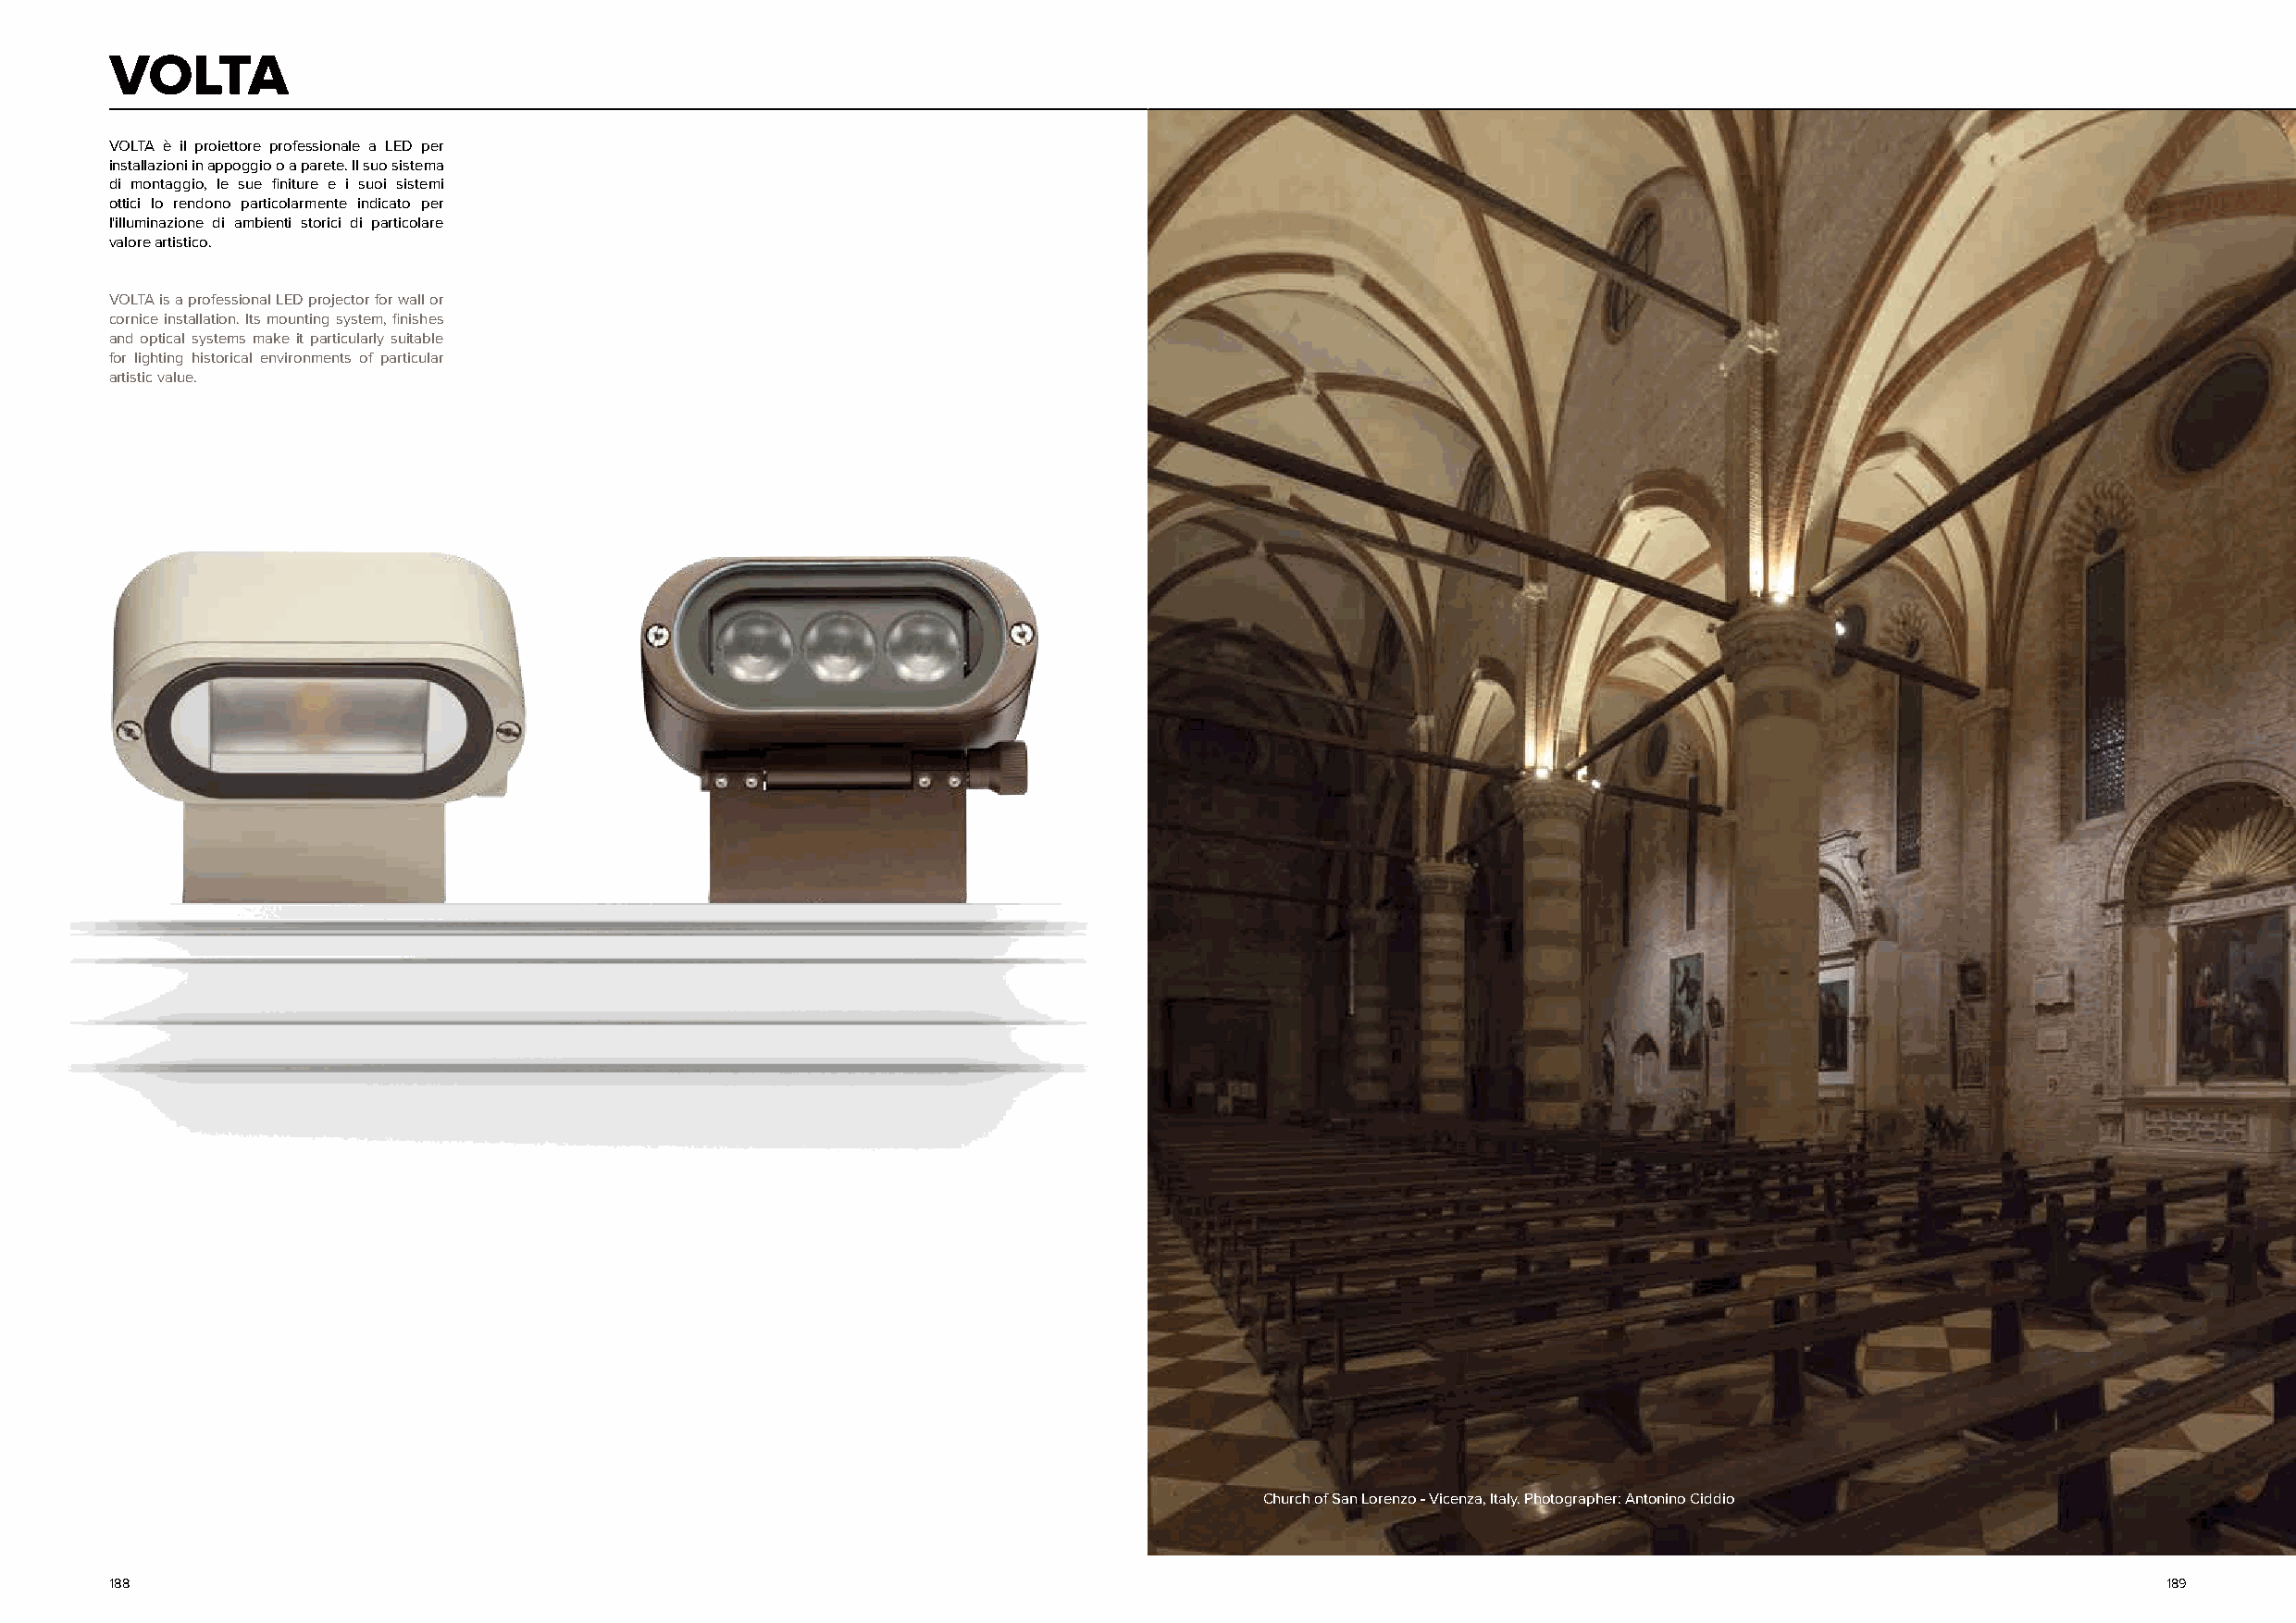
VOLTA
 VOLTA è il proiettore professionale a LED per
 installazioni in appoggio o a parete. Il suo sistema
 di montaggio, le sue finiture e i suoi sistemi
 ottici lo rendono particolarmente indicato per
 l'illuminazione di ambienti storici di particolare
 valore artistico.
 VOLTA is a professional LED projector for wall or
 cornice installation. Its mounting system, finishes
 and optical systems make it particularly suitable
 for lighting historical environments of particular
 artistic value.
 Church of San Lorenzo - Vicenza, Italy. Photographer: Antonino Ciddio
 188                                                                                                                                                189